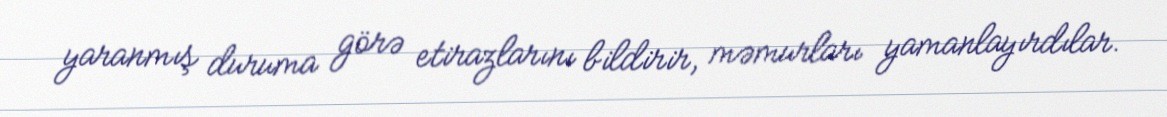
yaranmış duruma görə etirazlarını bildirir, məmurları yamanlayırdılar.